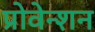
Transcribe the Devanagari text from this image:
प्रोवेन्शन